Senior Leaving Certificate Examination (including Day School Certificate (Higher) General paper), 1946
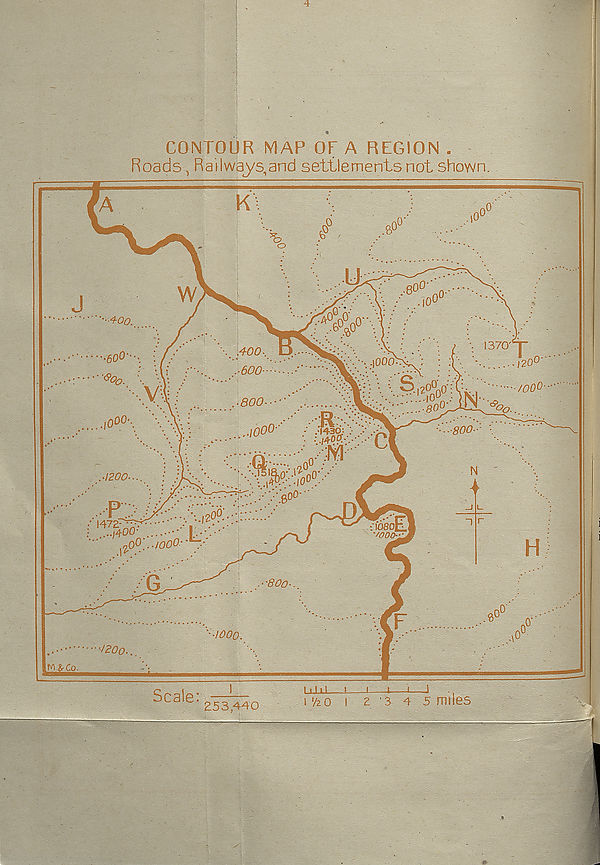
contol)r map of a region .
Roads, Rail ways, and settlements not shown.
^zoo...
Scale
i
253,440
I i 111
! -1
4
i
1
•
I '/z 0 I 2 '3 4 5 miles